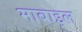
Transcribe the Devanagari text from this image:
माबाइल